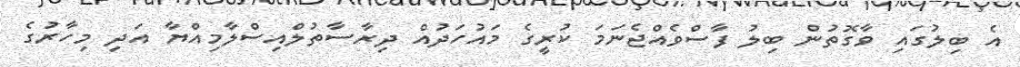
އެ ބިލުގައި ވާގޮތުން ބިލު ފާސްވެއްޖެނަމަ ކުރީގެ މައުހަދުއް ދިރާސާތުލްއިސްލާމިއްޔާ އަދި މިހާރުގެ